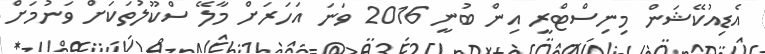
އެޑިއުކޭޝަން މިނިސްޓްރީ އިން ބުނީ 2016 ވަނަ އަހަރަށް މާލޭ ސްކޫލުތަކަށް ވަނުމަށް